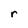
Character: r